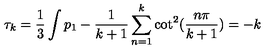
\tau _ { k } = \frac { 1 } { 3 } \int p _ { 1 } - \frac { 1 } { k + 1 } \sum _ { n = 1 } ^ { k } \cot ^ { 2 } ( \frac { n \pi } { k + 1 } ) = - k